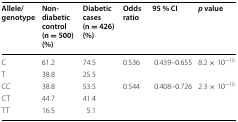
<table><thead><tr><td><b>Allele/genotype</b></td><td><b>Non-diabetic control (n = 500) (%)</b></td><td><b>Diabetic cases (n = 426) (%)</b></td><td><b>Odds ratio</b></td><td><b>95 % CI</b></td><td><b><i>p</i> value</b></td></tr></thead><tbody><tr><td>C</td><td>61.2</td><td>74.5</td><td rowspan="2">0.536</td><td rowspan="2">0.439–0.655</td><td rowspan="2">8.2 × 10<sup>−10</sup></td></tr><tr><td>T</td><td>38.8</td><td>25.5</td></tr><tr><td>CC</td><td>38.8</td><td>53.5</td><td rowspan="3">0.544</td><td rowspan="3">0.408–0.726</td><td rowspan="3">2.3 × 10<sup>−10</sup></td></tr><tr><td>CT</td><td>44.7</td><td>41.4</td></tr><tr><td>TT</td><td>16.5</td><td>5.1</td></tr></tbody></table>